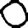
Digit: 0